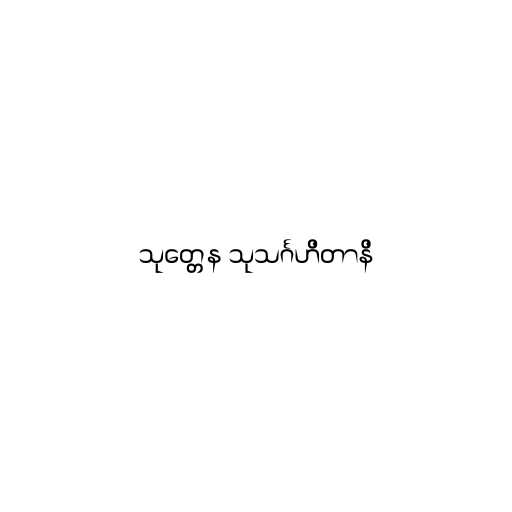
သုတ္တေန သုသင်္ဂဟိတာနိ